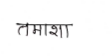
मजकूर: तमाशा